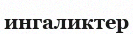
ингаликтер